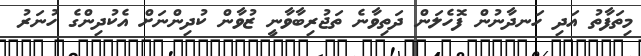
މިތަފާތު އަދި ހަނދާނުން ފޮހެލަން ދަތިވާނެ ތަޖުރިބާވާނީ ޒުވާން ކުދިންނަށް އެކުދިންގެ ހުނަރު